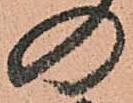
の